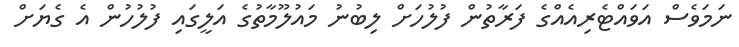
ނަމަވެސް އަވައްޓެރިއެއްގެ ފަރާތުން ފުލުހަށް ލިބުނު މައުލޫމާތުގެ އަލީގައި ފުލުހުން އެ ގެޔަށް